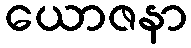
ယောဇနာ